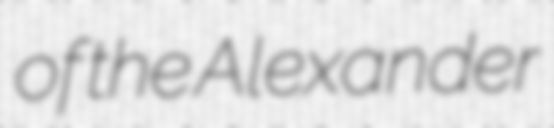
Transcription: of the Alexander